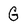
Character: G